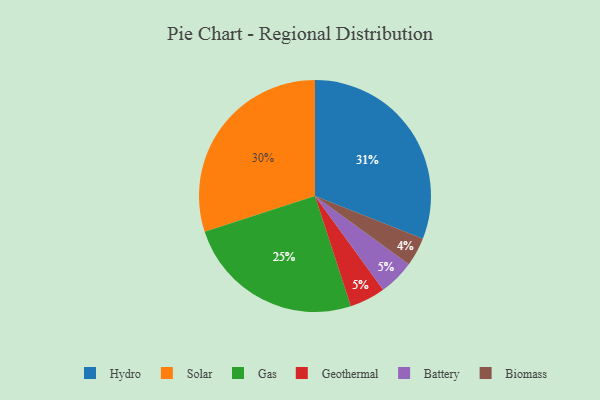
{"axis": {"x": "Category", "y": "Percentage"}, "legend": ["Battery", "Biomass", "Gas", "Geothermal", "Hydro", "Solar"], "data": [{"x": "Hydro", "y": 31, "type": "Hydro"}, {"x": "Solar", "y": 30, "type": "Solar"}, {"x": "Gas", "y": 25, "type": "Gas"}, {"x": "Biomass", "y": 4, "type": "Biomass"}, {"x": "Geothermal", "y": 5, "type": "Geothermal"}, {"x": "Battery", "y": 5, "type": "Battery"}]}